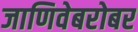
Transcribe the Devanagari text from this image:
जाणिवेबरोबर